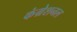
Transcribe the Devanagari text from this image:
कंग्रेशनल